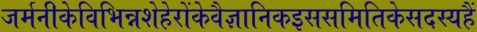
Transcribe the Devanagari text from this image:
जर्मनीकेविभिन्नशेहेरोंकेवैज्ञानिकइससमितिकेसदस्यहैं